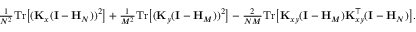
\begin{array} { r l } & { \frac { 1 } { N ^ { 2 } } \mathrm { T r } \big [ ( \mathbf K _ { x } ( \mathbf I - \mathbf H _ { N } ) ) ^ { 2 } \big ] + \frac { 1 } { M ^ { 2 } } \mathrm { T r } \big [ ( \mathbf K _ { y } ( \mathbf I - \mathbf H _ { M } ) ) ^ { 2 } \big ] - \frac { 2 } { N M } \mathrm { T r } \big [ \mathbf K _ { x y } ( \mathbf I - \mathbf H _ { M } ) \mathbf K _ { x y } ^ { \top } ( \mathbf I - \mathbf H _ { N } ) \big ] . } \end{array}